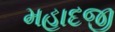
મહાદજી